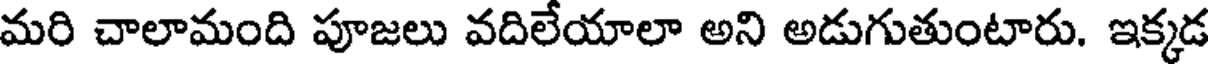
మరి చాలామంది పూజలు వదిలేయాలా అని అడుగుతుంటారు. ఇక్కడ